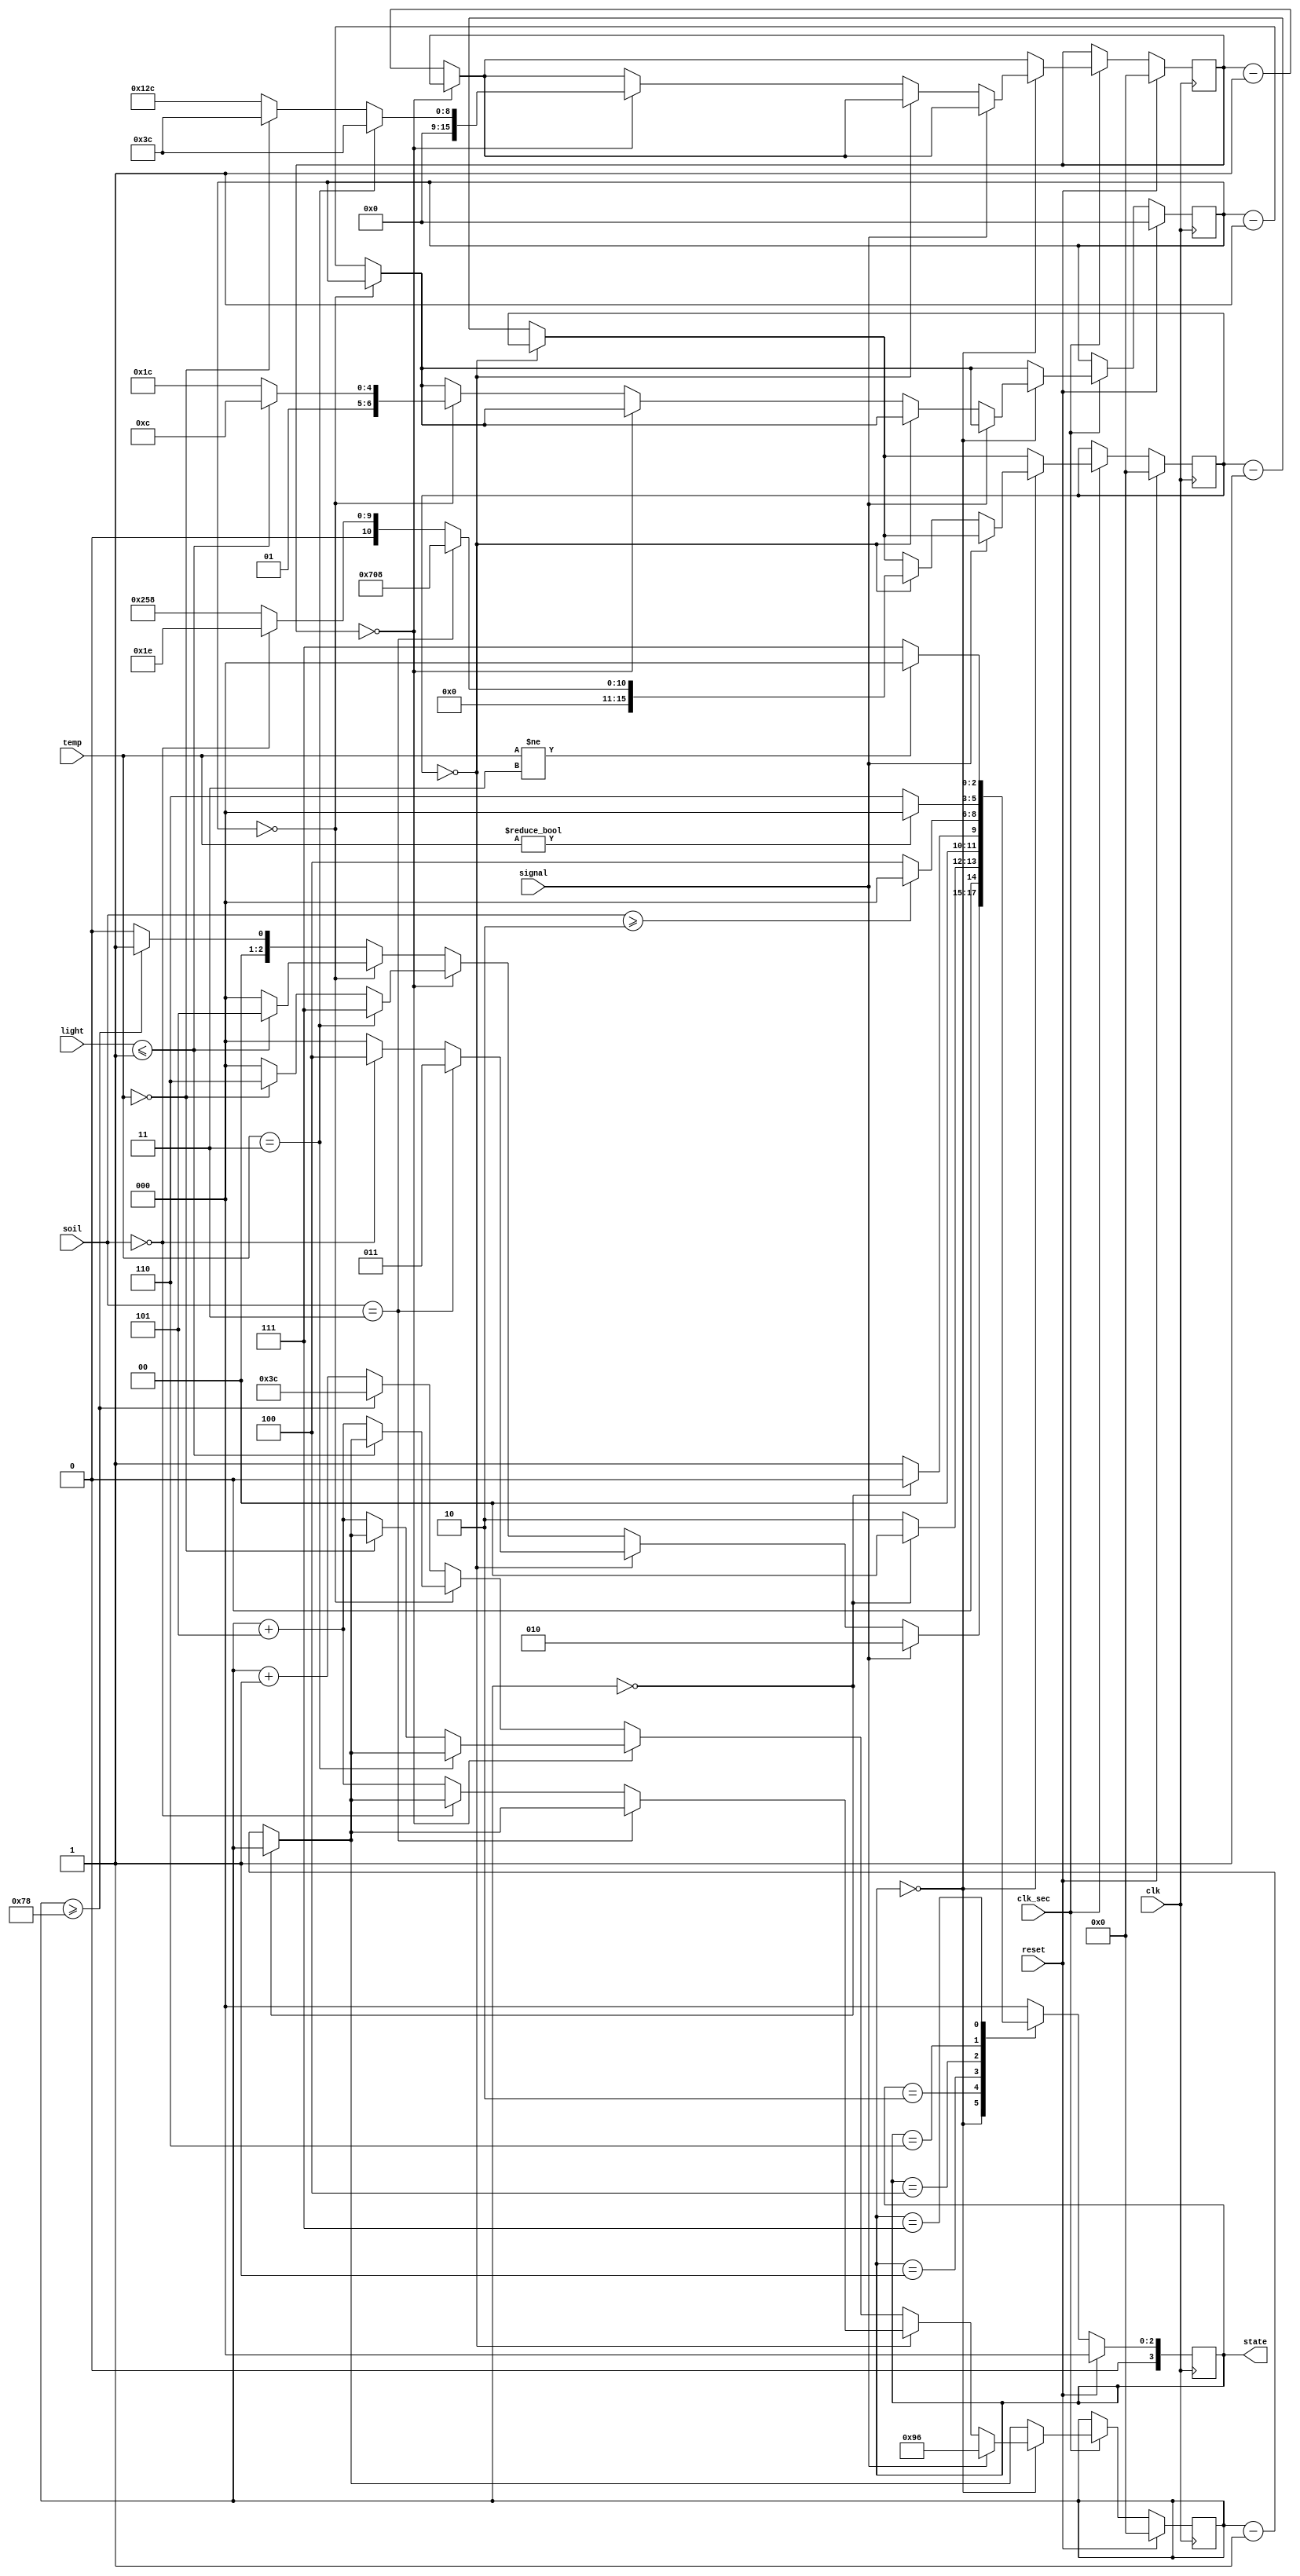
module state_control #(
    parameter IDLE = 4'd0,
    parameter ROAM = 4'd1,
    parameter SPECIAL = 4'd2,
    parameter WET = 4'd3,
    parameter DRY = 4'd4,
    parameter DARK = 4'd5,
    parameter COLD = 4'd6,
    parameter HOT = 4'd7 //,
//    parameter = 4'd8,
//    parameter = 4'd9,
//    parameter = 4'd10,
//    parameter = 4'd11,
//    parameter = 4'd12,
//    parameter = 4'd13,
//    parameter = 4'd14,
//    parameter = 4'd15
    
)(
    input clk,
    input clk_sec,
    input reset,
    input signal,
    input [1:0] temp,
    input [1:0] light,
    input [1:0] soil,

    output reg [3:0] state
);
    reg [3:0] next_state;

    reg [15:0] cnt, next_cnt;
    reg [15:0] cooldown_water, next_cooldown_water;
    reg [15:0] cooldown_temp, next_cooldown_temp;
    reg [15:9] cooldown_light, next_cooldown_light;
    
    always @(posedge clk) begin
        if(reset) begin
            state <= IDLE;
            cnt <= 16'd0;
            cooldown_water <= 16'd0;
            cooldown_temp <= 16'd0;
            cooldown_light <= 16'd0;
        end else begin
            state <= next_state;
            if(clk_sec) begin // update per second for counter(s)
                cnt <= next_cnt;
                cooldown_water <= next_cooldown_water;
                cooldown_temp <= next_cooldown_temp;
                cooldown_light <= next_cooldown_light;
            end else begin
                cnt <= cnt;
                cooldown_water <= cooldown_water;
                cooldown_temp <= cooldown_temp;
                cooldown_light <= cooldown_light;
            end
        end
    end

    wire done_cnt, done_cooldown_water, done_cooldown_temp, done_cooldown_light;
    assign done_cnt = (cnt == 0);
    assign done_cooldown_water = (cooldown_water == 0);
    assign done_cooldown_temp = (cooldown_temp == 0);
    assign done_cooldown_light = (cooldown_light == 0);

    // temperature degree state step: 20, 25, 28, and 32 (celcius).
    //
    always @(*) begin
        next_state = state;
        next_cnt = (cnt == 0)? (cnt) : (cnt - 1);
        next_cooldown_water = (cooldown_water == 0)? (cooldown_water) : (cooldown_water - 1);
        next_cooldown_temp = (cooldown_temp == 0)? (cooldown_temp) : (cooldown_temp - 1);
        next_cooldown_light = (cooldown_light == 0)? (cooldown_light) : (cooldown_light - 1);

        case (state)
            IDLE: begin
                if(!signal) begin
                    if(done_cooldown_water) begin
                        if(soil == 2'b11) begin
                            next_state = WET;
                            next_cooldown_water = 16'd1800; 
                        end else if (soil == 2'b00) begin
                            next_state = DRY;
                            next_cooldown_water = 16'd30; 
                        end else begin
                            next_state = IDLE;
                            next_cooldown_water = 16'd600; 
                            next_cnt = cnt + 10'd5;
                        end
                    end else begin
                        if(done_cooldown_temp) begin 
                            if(temp == 2'b11) begin
                                next_state = HOT;
                                next_cooldown_temp = 16'd60; 
                            end else if (temp == 2'b00) begin
                                next_state = COLD;
                                next_cooldown_temp = 16'd60; 
                            end else begin
                                next_state = IDLE;
                                next_cooldown_temp = 16'd300; 
                                next_cnt = cnt + 10'd5;
                            end
                        end else begin
                            if(done_cooldown_light) begin
                                if (light <= 2'b01) begin
                                    next_state = DARK;
                                    next_cooldown_light = 16'd300; 
                                end else begin
                                    next_state = IDLE;
                                    next_cooldown_light = 16'd60; 
                                    next_cnt = cnt + 10'd5;
                                end
                            end else begin
                                if (cnt >= 10'd120) begin
                                    next_state = ROAM;
                                    next_cnt = 16'd60;
                                end else begin
                                    next_state = IDLE;
                                    next_cnt = cnt + 10'd1;
                                end
                            end
                        end
                    end
                end else begin
                    next_state = SPECIAL;
                    next_cnt = 16'd150;
                end
            end 
            SPECIAL: begin
                if(done_cnt)begin
                    next_state = IDLE;
                    next_state = IDLE;
                end else begin
                    next_state = SPECIAL;
                end
            end
            ROAM: begin
                if(done_cnt) begin
                    next_state = IDLE;
                end else begin
                    next_state = ROAM;
                end
            end
            WET: begin
                next_state = IDLE;
            end
            DRY: begin
                if(soil >= 2'b10) begin
                    next_state = IDLE;
                end else begin
                    next_state = DRY;
                end
            end
            DARK: begin
                next_state = IDLE;
            end
            COLD: begin
                if(temp != 2'b00) begin
                    next_state = IDLE;
                end else begin
                    next_state = COLD;
                end
            end
            HOT: begin
                if(temp != 2'b11) begin
                    next_state = IDLE;
                end else begin
                    next_state = HOT;
                end
            end
            default: begin
                next_state = IDLE;
                next_cnt = (cnt == 0)? (cnt) : (cnt - 1);
                next_cooldown_water = (cooldown_water == 0)? (cooldown_water) : (cooldown_water - 1);
                next_cooldown_temp = (cooldown_temp == 0)? (cooldown_temp) : (cooldown_temp - 1);
                next_cooldown_light = (cooldown_light == 0)? (cooldown_light) : (cooldown_light - 1);
            end 
        endcase
    end



endmodule